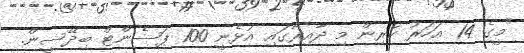
"މީގެ 14 އަހަރު ކުރިން މި ދާއިރާގައި އުޅެނީ 100 ޕަސެންޓް ބިދޭސީން.